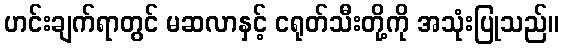
ဟင်းချက်ရာတွင် မဆလာနှင့် ငရုတ်သီးတို့ကို အသုံးပြုသည်။